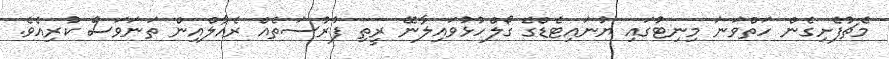
މެޗުފެށިގެން ހަތްވަނަ މިނިޓުގައި ޔުނައިޓެޑްގެ ގޯލްހުޅުވައިލާނޭ ރީތި ފުރުސަތެއް ރެއާލްއިން ތަނަވަސް ކުރިއެވެ.